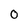
Character: 0